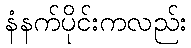
နံနက်ပိုင်းကလည်း